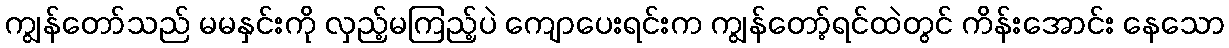
ကျွန်တော်သည် မမနှင်းကို လှည့်မကြည့်ပဲ ကျောပေးရင်းက ကျွန်တော့်ရင်ထဲတွင် ကိန်းအောင်း နေသော